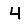
Digit: 4